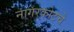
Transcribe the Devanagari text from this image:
नागरकोटचे